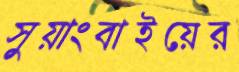
সুয়াংবাইয়ের